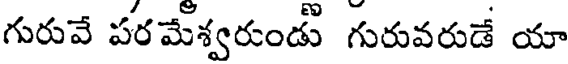
గురువే పరమేశ్వరుండు గురువరుడే యా